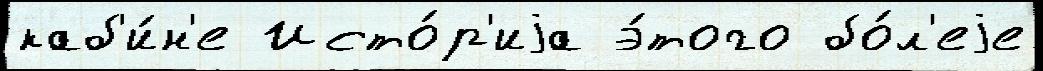
каб'и́н'е Исто́р'иjа э́того бо́л'еjе